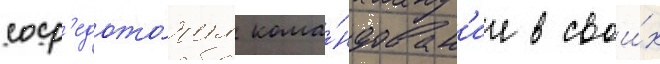
соср'едото́чил кома́ндован'ие в свои́х